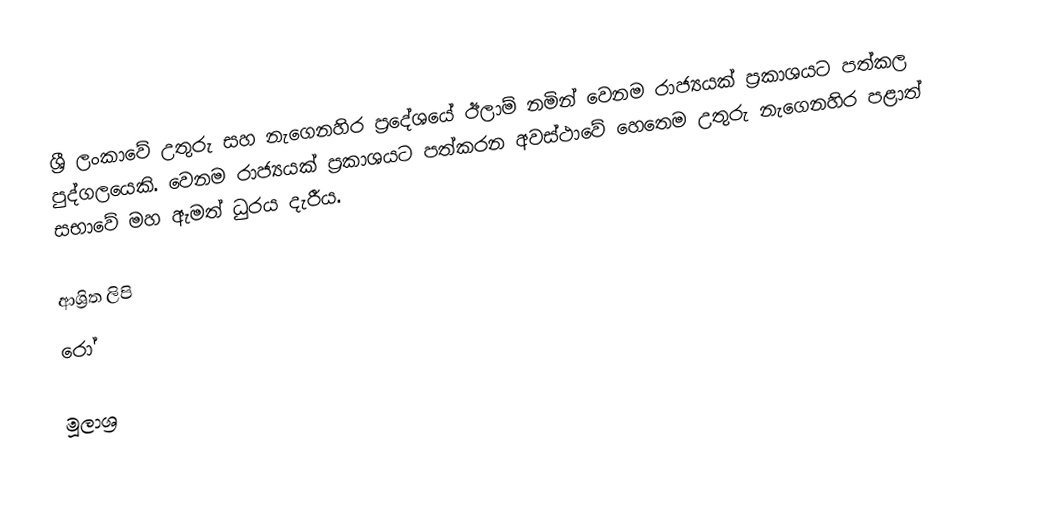
ශ්‍රී ලංකාවේ උතුරු සහ නැගෙනහිර ප්‍රදේශයේ ඊලාම් නමින් වෙනම රාජ්‍යයක් ප්‍රකාශයට පත්කල පුද්ගලයෙකි. වෙනම රාජ්‍යයක්  ප්‍රකාශයට පත්කරන අවස්ථාවේ හෙතෙම උතුරු නැගෙනහිර පළාත් සභාවේ මහ ඇමත් ධුරය දැරීය.

ආශ්‍රිත ලිපි
 රෝ

මූලාශ්‍ර